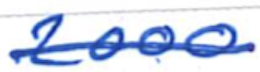
Text: 2000
Cross-out: single-line
Writing tool: ballpoint